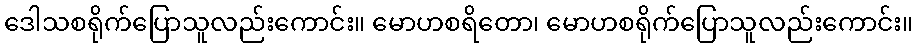
ဒေါသစရိုက်ပြောသူလည်းကောင်း။ မောဟစရိတော၊ မောဟစရိုက်ပြောသူလည်းကောင်း။